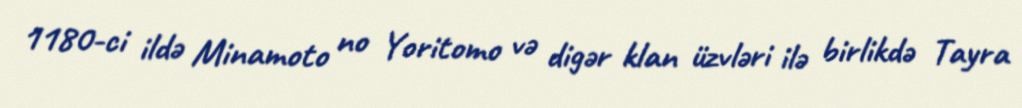
1180-ci ildə Minamoto no Yoritomo və digər klan üzvləri ilə birlikdə Tayra